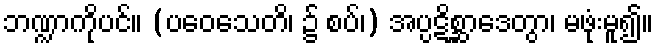
ဘဏ္ဍာကိုပင်။ (ပဝေသေတိ၊ ၌ စပ်၊) အပ္ပဋိစ္ဆာဒေတွာ၊ မဖုံးမူ၍။